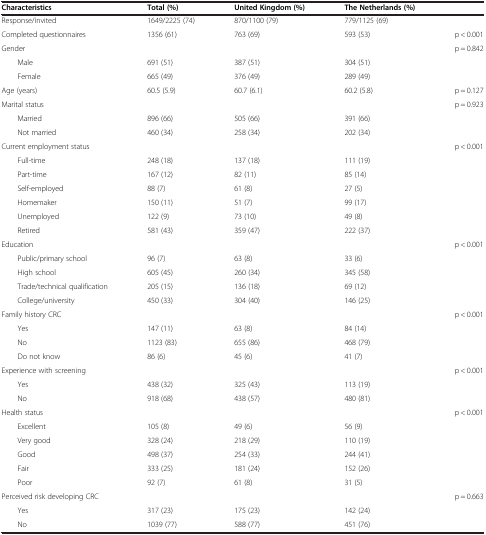
<table><thead><tr><td><b>Characteristics</b></td><td><b>Total (%)</b></td><td><b>United Kingdom (%)</b></td><td><b>The Netherlands (%)</b></td><td><b> </b></td></tr></thead><tbody><tr><td>Response/invited</td><td>1649/2225 (74)</td><td>870/1100 (79)</td><td>779/1125 (69)</td><td> </td></tr><tr><td>Completed questionnaires</td><td>1356 (61)</td><td>763 (69)</td><td>593 (53)</td><td>p &lt; 0.001</td></tr><tr><td>Gender</td><td> </td><td> </td><td> </td><td>p = 0.842</td></tr><tr><td>Male</td><td>691 (51)</td><td>387 (51)</td><td>304 (51)</td><td> </td></tr><tr><td>Female</td><td>665 (49)</td><td>376 (49)</td><td>289 (49)</td><td> </td></tr><tr><td>Age (years)</td><td>60.5 (5.9)</td><td>60.7 (6.1)</td><td>60.2 (5.8)</td><td>p = 0.127</td></tr><tr><td>Marital status</td><td> </td><td> </td><td> </td><td>p = 0.923</td></tr><tr><td>Married</td><td>896 (66)</td><td>505 (66)</td><td>391 (66)</td><td> </td></tr><tr><td>Not married</td><td>460 (34)</td><td>258 (34)</td><td>202 (34)</td><td> </td></tr><tr><td>Current employment status</td><td> </td><td> </td><td> </td><td>p &lt; 0.001</td></tr><tr><td>Full-time</td><td>248 (18)</td><td>137 (18)</td><td>111 (19)</td><td> </td></tr><tr><td>Part-time</td><td>167 (12)</td><td>82 (11)</td><td>85 (14)</td><td> </td></tr><tr><td>Self-employed</td><td>88 (7)</td><td>61 (8)</td><td>27 (5)</td><td> </td></tr><tr><td>Homemaker</td><td>150 (11)</td><td>51 (7)</td><td>99 (17)</td><td> </td></tr><tr><td>Unemployed</td><td>122 (9)</td><td>73 (10)</td><td>49 (8)</td><td> </td></tr><tr><td>Retired</td><td>581 (43)</td><td>359 (47)</td><td>222 (37)</td><td> </td></tr><tr><td>Education</td><td> </td><td> </td><td> </td><td>p &lt; 0.001</td></tr><tr><td>Public/primary school</td><td>96 (7)</td><td>63 (8)</td><td>33 (6)</td><td> </td></tr><tr><td>High school</td><td>605 (45)</td><td>260 (34)</td><td>345 (58)</td><td> </td></tr><tr><td>Trade/technical qualification</td><td>205 (15)</td><td>136 (18)</td><td>69 (12)</td><td> </td></tr><tr><td>College/university</td><td>450 (33)</td><td>304 (40)</td><td>146 (25)</td><td> </td></tr><tr><td>Family history CRC</td><td> </td><td> </td><td> </td><td>p &lt; 0.001</td></tr><tr><td>Yes</td><td>147 (11)</td><td>63 (8)</td><td>84 (14)</td><td> </td></tr><tr><td>No</td><td>1123 (83)</td><td>655 (86)</td><td>468 (79)</td><td> </td></tr><tr><td>Do not know</td><td>86 (6)</td><td>45 (6)</td><td>41 (7)</td><td> </td></tr><tr><td>Experience with screening</td><td> </td><td> </td><td> </td><td>p &lt; 0.001</td></tr><tr><td>Yes</td><td>438 (32)</td><td>325 (43)</td><td>113 (19)</td><td> </td></tr><tr><td>No</td><td>918 (68)</td><td>438 (57)</td><td>480 (81)</td><td> </td></tr><tr><td>Health status</td><td> </td><td> </td><td> </td><td>p &lt; 0.001</td></tr><tr><td>Excellent</td><td>105 (8)</td><td>49 (6)</td><td>56 (9)</td><td> </td></tr><tr><td>Very good</td><td>328 (24)</td><td>218 (29)</td><td>110 (19)</td><td> </td></tr><tr><td>Good</td><td>498 (37)</td><td>254 (33)</td><td>244 (41)</td><td> </td></tr><tr><td>Fair</td><td>333 (25)</td><td>181 (24)</td><td>152 (26)</td><td> </td></tr><tr><td>Poor</td><td>92 (7)</td><td>61 (8)</td><td>31 (5)</td><td> </td></tr><tr><td>Perceived risk developing CRC</td><td> </td><td> </td><td> </td><td>p = 0.663</td></tr><tr><td>Yes</td><td>317 (23)</td><td>175 (23)</td><td>142 (24)</td><td> </td></tr><tr><td>No</td><td>1039 (77)</td><td>588 (77)</td><td>451 (76)</td><td> </td></tr></tbody></table>